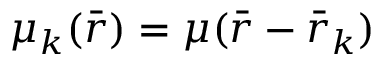
\mu _ { k } ( { \bar { r } } ) = \mu ( { \bar { r } } - { \bar { r } } _ { k } )